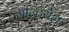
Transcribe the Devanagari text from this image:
मल्टिरोल